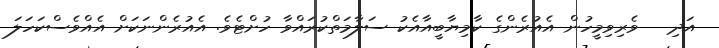
އަދި   ވެރިވިމީހުން އެއުރެންގެ ކާމިޔާބީއާއެކު ސަލާމަތްކުރައްވާ ހުށްޓެވެ. އެއުރެންނަކަށް އެއްވެސްކަހަލަ